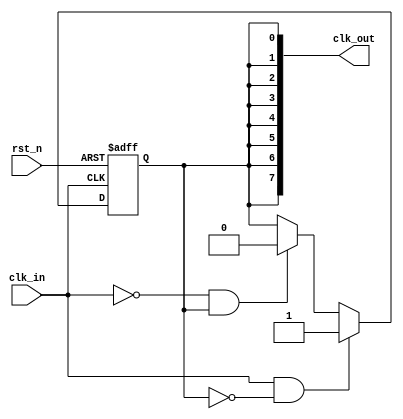
module HighFanoutClockBuffer #(
    parameter NUM_OUTPUTS = 8,          // Number of output drivers
    parameter DRIVE_STRENGTH = 2'b10    // Programmable drive strength (00: weak, 01: medium, 10: strong, 11: very strong)
)(
    input wire clk_in,                   // Input clock signal
    input wire rst_n,                    // Active low reset
    output wire [NUM_OUTPUTS-1:0] clk_out // Output clock signals
);

    // Internal signals
    wire clk_clean;
    wire clk_buffered;

    // Schmitt Trigger Input Stage
    reg clk_reg;
    always @(posedge clk_in or negedge rst_n) begin
        if (!rst_n) begin
            clk_reg <= 1'b0;
        end else begin
            // Simple Schmitt trigger behavior
            if (clk_in && !clk_reg) begin
                clk_reg <= 1'b1; // Rising edge detected
            end else if (!clk_in && clk_reg) begin
                clk_reg <= 1'b0; // Falling edge detected
            end
        end
    end

    assign clk_clean = clk_reg;

    // Output Stage with Programmable Drive Strength
    genvar i;
    generate
        for (i = 0; i < NUM_OUTPUTS; i = i + 1) begin : output_drivers
            // Drive strength control (simplified for illustration)
            if (DRIVE_STRENGTH == 2'b00) begin
                assign clk_out[i] = clk_clean; // Weak drive
            end else if (DRIVE_STRENGTH == 2'b01) begin
                assign clk_out[i] = clk_clean; // Medium drive
            end else if (DRIVE_STRENGTH == 2'b10) begin
                assign clk_out[i] = clk_clean; // Strong drive
            end else begin
                assign clk_out[i] = clk_clean; // Very strong drive
            end
        end
    endgenerate

endmodule